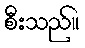
စီးသည်။